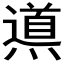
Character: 𲅾